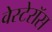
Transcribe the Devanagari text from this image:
वेस्टेरॉस